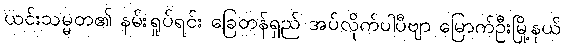
ယင်းသမ္မတ၏ နမ်းရှုပ်ရင်း ခြေတန်ရှည် အပ်လိုက်ပါပီဗျာ မြောက်ဦးမြို့နယ်